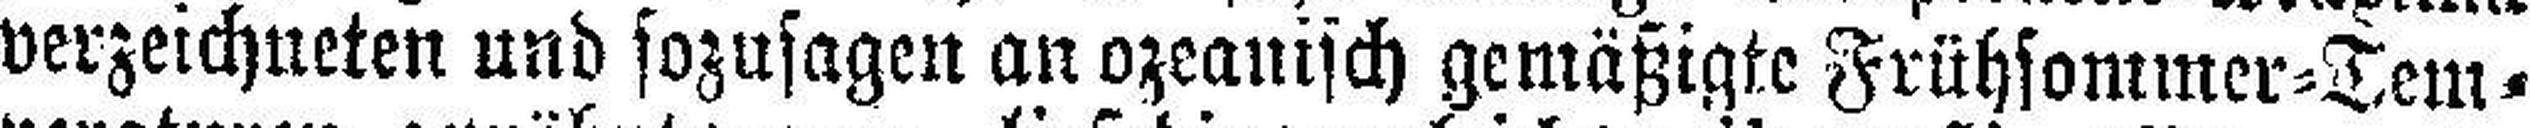
verzeichneten und sozusagen an ozeanisch gemäßigte Frühsommer=Tem¬